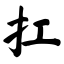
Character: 扛